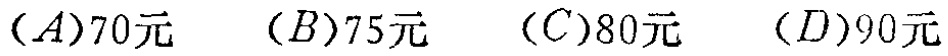
$(A)70元\quad (B)75元\quad (C)80元\quad (D)90元$